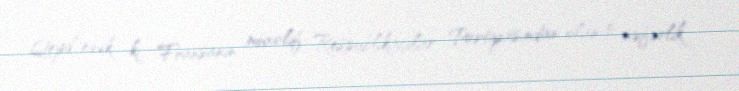
Qeyd edək ki, Fransanın müxalif Respublikaçılar Partiyasından olan 5 nəfərlik